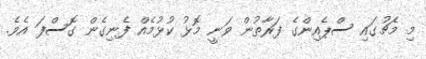
މި މެޗުގައި ސްޕެއިންގެ ފަރާތުން ވަނީ މޮޅު ކުޅުމެއް ފެނިގެން ގޮސްފަ އެވެ.